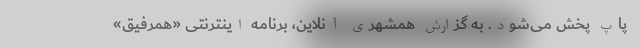
پاپ پخش می‌شود. به گزارش همشهری آنلاین، برنامه اینترنتی «همرفیق»